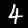
Digit: 4